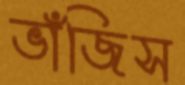
ভাঁজিস